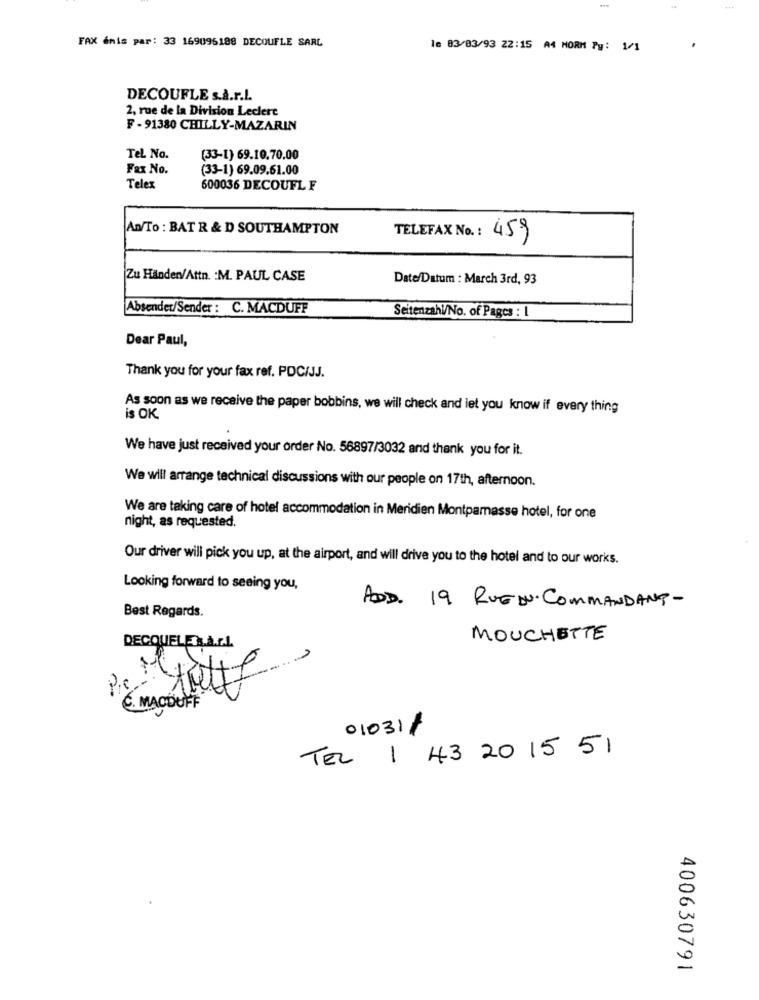
FAX énis par: 33 169095188 DECOUFLE SARL
16 83/03/93 22:15 A4 NORM Py: 1/1
DECOUFLE s.a.r.l.
2, rue de la Division Leclerc
F - 91380 CHILLY-MAZARIN
Tel No.
(33-1) 69.10.70.00
Fax No.
(33-1) 69.09.61.00
Telex
600036 DECOUFL F
An/To : BAT R & D SOUTHAMPTON
TELEFAX No. : 459
Zu Handen/Attn. : M. PAUL CASE
Date/Datum : March 3rd, 93
Absender/Sender : C. MACDUFF
Seitenzahl/No. of Pages : L
Dear Paul,
Thank you for your fax ref. PDC/JJ.
As soon as we receive the paper bobbins, we will check and let you know if every thing
is OK.
We have just received your order No. 56897/3032 and thank you for it.
We will arrange technical discussions with our people on 17th, afternoon.
We are taking care of hotel accommodation in Meridien Montparnasse hotel, for one
night, as requested.
Our driver will pick you up, at the airport, and will drive you to the hotel and to our works.
Looking forward to seeing you,
Best Regards.
ADD. 19 RUE DU COMMANDANT-
MOUCHETTE
DECQUELES.A.r.L.
C. MACDUFF
01031/
TEL I 43 20 15 51
400630791